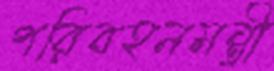
পরিবহনমন্ত্রী